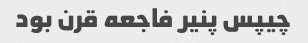
چیپس پنیر فاجعه قرن بود